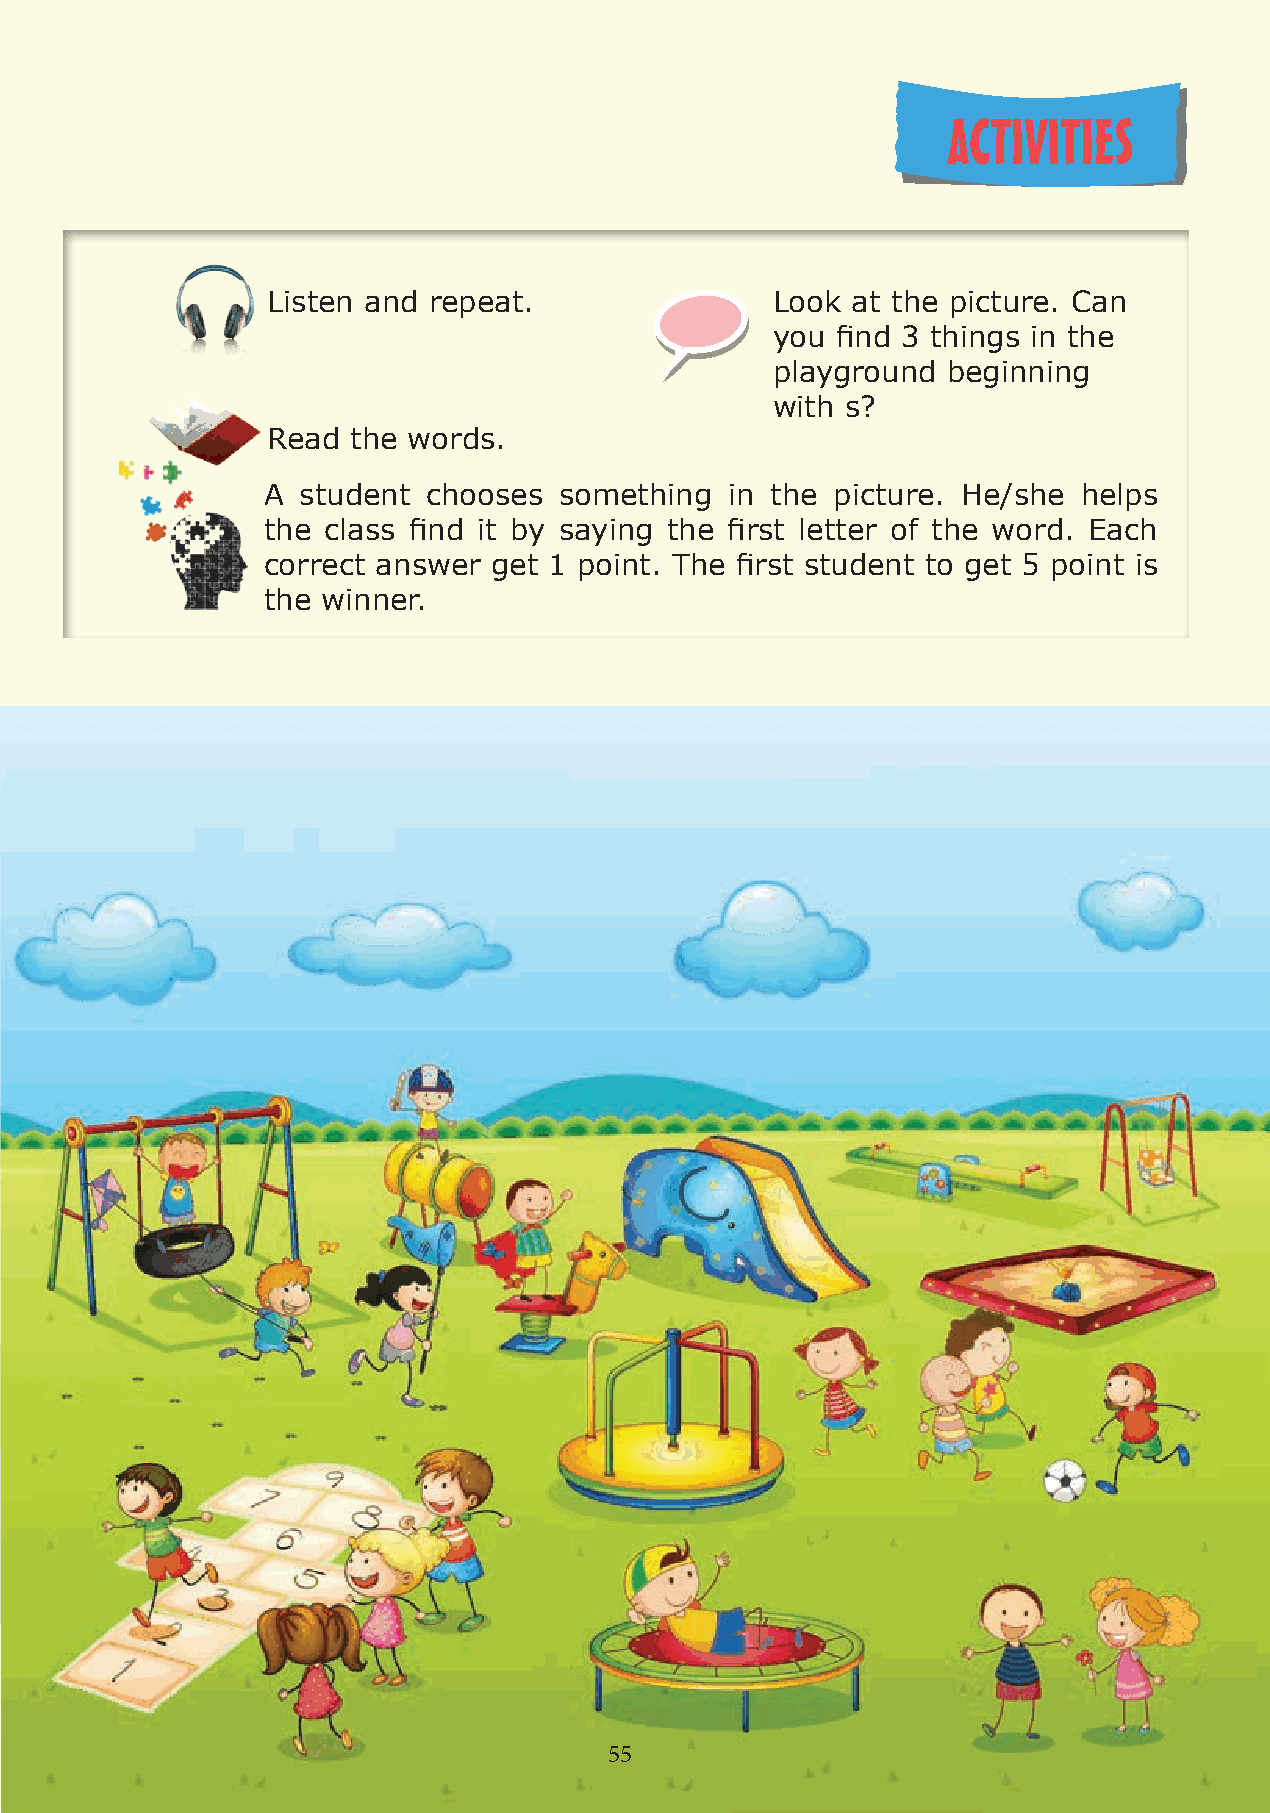
ACTIVITIES
 Listen and repeat.               Look at the picture. Can
 you find 3 things in the
 playground  beginning
 with s?
 Read the words.
 A  student chooses  something  in the picture. He/she  helps
 the class find it by saying the first letter of the word. Each
 correct answer get 1 point. The first student to get 5 point is
 the winner.
 55